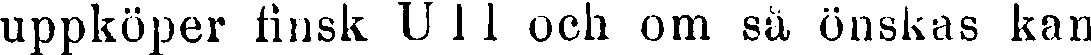
uppköper finsk U l l och om sä önskas kan